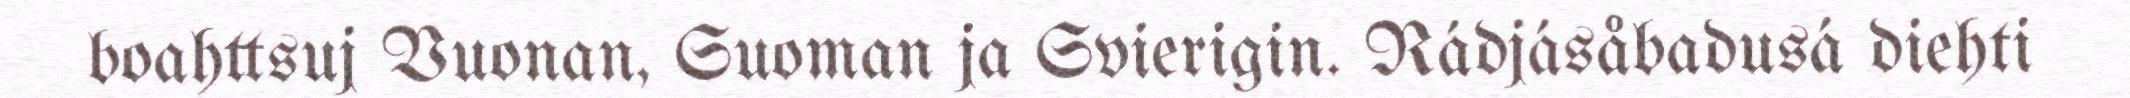
boahttsuj Vuonan, Suoman ja Svierigin. Rádjásåbadusá diehti